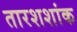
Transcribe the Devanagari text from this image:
तारशशांक